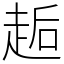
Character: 䞧